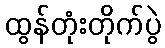
ထွန်တုံးတိုက်ပွဲ